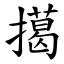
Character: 擖